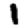
Digit: 1